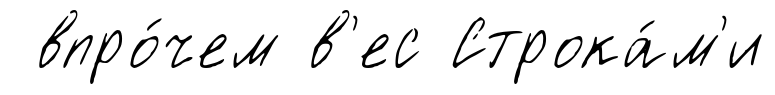
впро́чем в'ес Строка́м'и